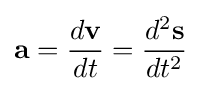
\mathbf {a} ={\frac {d\mathbf {v} }{dt}}={\frac {d^{2}\mathbf {s} }{dt^{2}}}